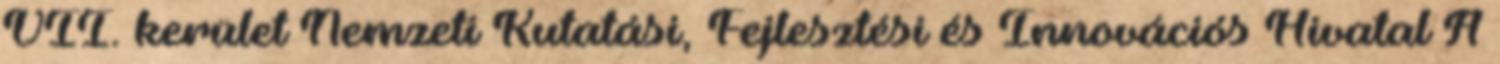
VII. kerület Nemzeti Kutatási, Fejlesztési és Innovációs Hivatal A